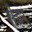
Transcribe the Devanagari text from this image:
सेइर